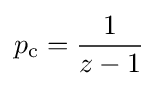
p_{\text{c}}={\frac {1}{z-1}}